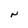
Character: N